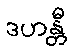
ဒဟန္တီ